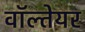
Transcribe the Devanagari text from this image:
वॉल्तेयर